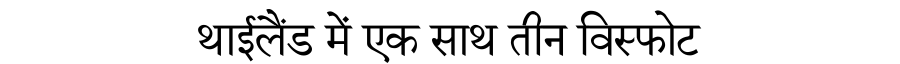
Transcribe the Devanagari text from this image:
थाईलैंड में एक साथ तीन विस्फोट